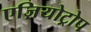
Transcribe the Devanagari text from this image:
एज़ियोट्रोप